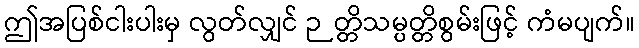
ဤအပြစ်ငါးပါးမှ လွတ်လျှင် ဉတ္တိသမ္ပတ္တိစွမ်းဖြင့် ကံမပျက်။